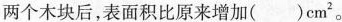
两个木块后，表面积比原来增加()cm^{2}。